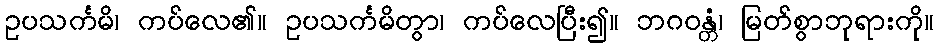
ဥပသင်္ကမိ၊ ကပ်လေ၏။ ဥပသင်္ကမိတွာ၊ ကပ်လေပြီး၍။ ဘဂဝန္တံ၊ မြတ်စွာဘုရားကို။